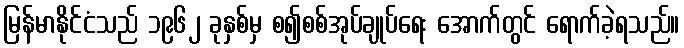
မြန်မာနိုင်ငံသည် ၁၉၆၂ ခုနှစ်မှ စ၍စစ်အုပ်ချုပ်ရေး အောက်တွင် ရောက်ခဲ့ရသည်။